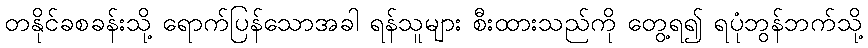
တနိုင်ခစခန်းသို့ ရောက်ပြန်သောအခါ ရန်သူများ စီးထားသည်ကို တွေ့ရ၍ ရပုံဘွန်ဘက်သို့